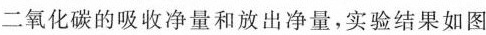
二氧化碳的吸收净量和放出净量，实验结果如图